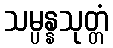
သမ္ပန္နသုတ္တံ